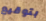
بتوقيع